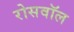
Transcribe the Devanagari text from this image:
रोसवॉल